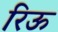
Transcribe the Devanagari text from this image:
रिऊ